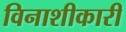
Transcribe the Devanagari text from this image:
विनाशीकारी